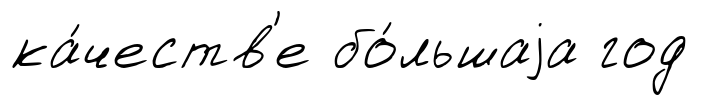
ка́честв'е бо́льшаjа год